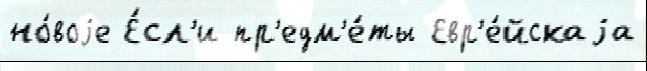
но́воjе Е́сл'и пр'едм'е́ты Евр'е́йскаjа